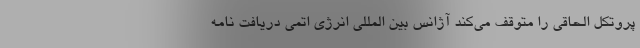
پروتکل الحاقی را متوقف می‌کند آژانس بین المللی انرژی اتمی دریافت نامه